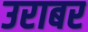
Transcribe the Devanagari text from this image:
उराबर